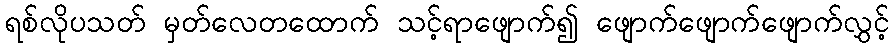
ရစ်လိုပသတ် မှတ်လေတထောက် သင့်ရာဖျောက်၍ ဖျောက်ဖျောက်ဖျောက်လွှင့်